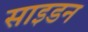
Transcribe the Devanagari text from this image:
साइडन